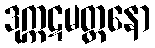
ဒုက္ကဋမတ္တနော